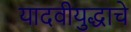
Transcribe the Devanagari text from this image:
यादवीयुद्धाचे